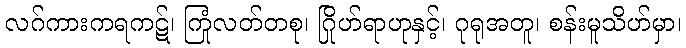
လဂ်ကားကရကဋ်၊ ကြုံလတ်တစု၊ ဂြိုဟ်ရာဟုနှင့်၊ ဂုရုအတူ၊ စန်းမူသိဟ်မှာ၊